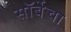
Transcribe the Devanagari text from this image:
सॉर्बेचा